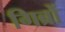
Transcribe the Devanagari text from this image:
गिब्रों